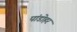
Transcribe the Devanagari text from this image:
पांडोहर